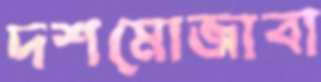
দশমোজাবা